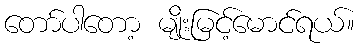
တော်ပါတော့ မျိုးမြင့်မောင်ရယ်။